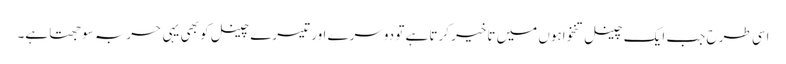
اسی طرح جب ایک چینل تنخواہوں میں تاخیر کرتا ہے تو دوسرے اور تیسرے چینل کو بھی یہی حربہ سوجھتا ہے۔